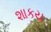
શાકય